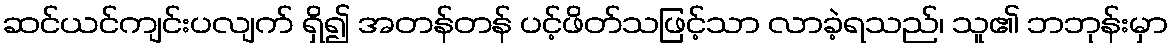
ဆင်ယင်ကျင်းပလျက် ရှိ၍ အတန်တန် ပင့်ဖိတ်သဖြင့်သာ လာခဲ့ရသည်၊ သူ၏ ဘဘုန်းမှာ